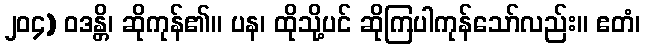
၂၀၄) ဝဒန္တိ၊ ဆိုကုန်၏။ ပန၊ ထိုသို့ပင် ဆိုကြပါကုန်သော်လည်း။ ဧတံ၊